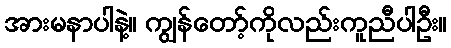
အားမနာပါနဲ့။ ကျွန်တော့်ကိုလည်းကူညီပါဦး။